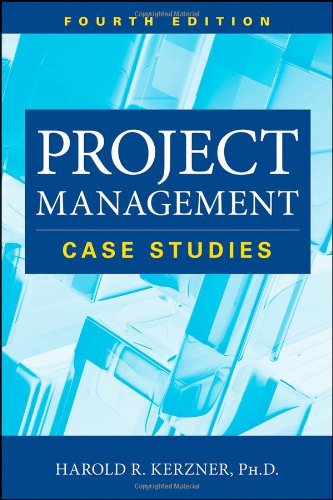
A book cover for Project Management: Case Studies; Harold R. Kerzner; Business & Money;